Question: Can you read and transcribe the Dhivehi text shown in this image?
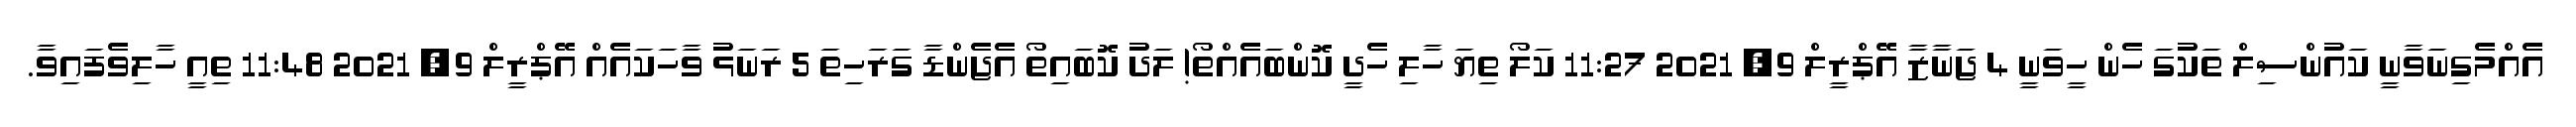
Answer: އެއްމެގިނަވާނީ ކައުންސިލް ތަކުގަ ހެން ހީވަނީ 4 ޖަނާޒާ އޭޕްރީލް 9, 2021 11:27 ކަލޯ ތިޔަ ހާލި ހެދީ ކޮންބައެއްތޯ! ލަދު ކޮބައިތޯ އެޖެންޑާ ގަރަހިތަ 5 ރަނަޅު ވާހަކައެއް އޭޕްރީލް 9, 2021 11:48 ތިއީ ހާލިވެފައިވާ.